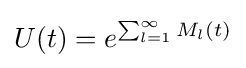
U(t)=e^{\sum _{l=1}^{\infty }M_{l}(t)}